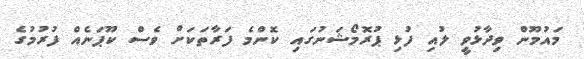
މައުމޫން ވިދާޅުވީ ލުއި ފުޅި ޕުރޮމޯޝަނުގައި ކޮންމެ ފަރާތަކަށް ވެސް ކޫޕަނެއް ފުރުމުގެ